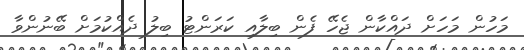
މަހުން މަހަށް ދައްކާން ޖެހޭ ފެން ބިލާއި ކަރަންޓު ބިލު ދެއްކުމަށް ބޭނުންވާ